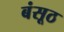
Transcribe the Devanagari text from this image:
बंसूठ